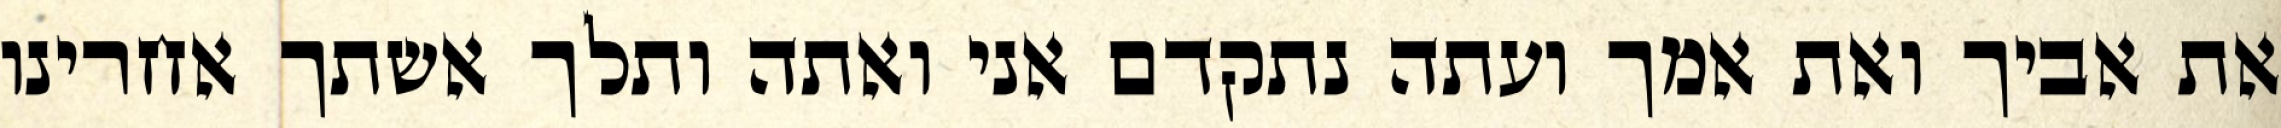
את אביך ואת אמך ועתה נתקדם אני ואתה ותלך אשתך אחרינו